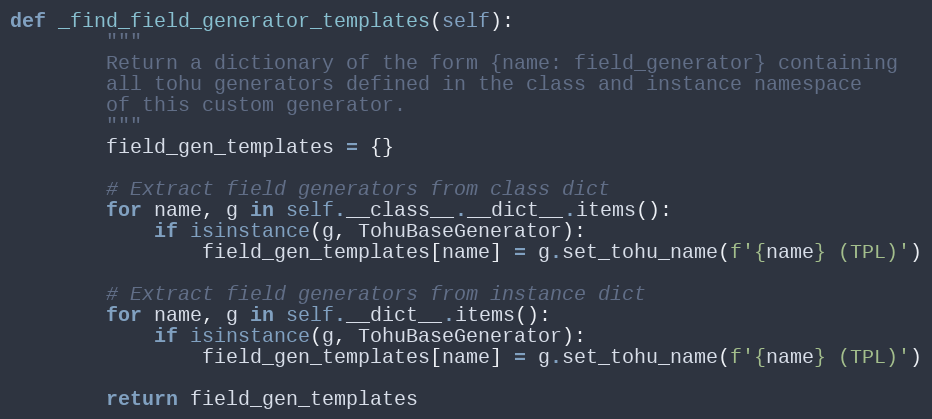
Language: Python
def _find_field_generator_templates(self):
        """
        Return a dictionary of the form {name: field_generator} containing
        all tohu generators defined in the class and instance namespace
        of this custom generator.
        """
        field_gen_templates = {}

        # Extract field generators from class dict
        for name, g in self.__class__.__dict__.items():
            if isinstance(g, TohuBaseGenerator):
                field_gen_templates[name] = g.set_tohu_name(f'{name} (TPL)')

        # Extract field generators from instance dict
        for name, g in self.__dict__.items():
            if isinstance(g, TohuBaseGenerator):
                field_gen_templates[name] = g.set_tohu_name(f'{name} (TPL)')

        return field_gen_templates